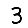
Digit: 3